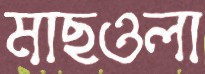
মাছওলা